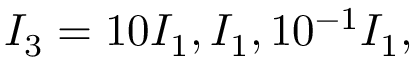
I _ { 3 } = 1 0 I _ { 1 } , I _ { 1 } , 1 0 ^ { - 1 } I _ { 1 } ,